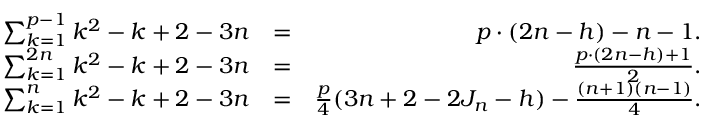
\begin{array} { r l r } { \sum _ { k = 1 } ^ { p - 1 } \r { k ^ { 2 } - k + 2 - 3 n } } & { = } & { p \cdot \left( 2 n - h \right) - n - 1 . } \\ { \sum _ { k = 1 } ^ { 2 n } \r { k ^ { 2 } - k + 2 - 3 n } } & { = } & { \frac { p \cdot ( 2 n - h ) + 1 } { 2 } . } \\ { \sum _ { k = 1 } ^ { n } \r { k ^ { 2 } - k + 2 - 3 n } } & { = } & { \frac { p } { 4 } ( 3 n + 2 - 2 J _ { n } - h ) - \frac { ( n + 1 ) ( n - 1 ) } { 4 } . } \end{array}